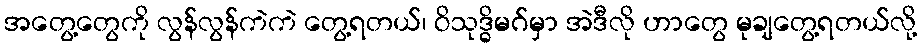
အတွေ့တွေကို လွန်လွန်ကဲကဲ တွေ့ရတယ်၊ ဝိသုဒ္ဓိမဂ်မှာ အဲဒီလို ဟာတွေ မုချတွေ့ရတယ်လို့